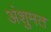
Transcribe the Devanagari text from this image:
अंशुमत